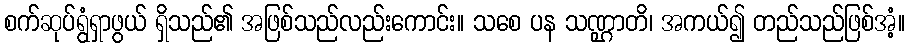
စက်ဆုပ်ရွံရှာဖွယ် ရှိသည်၏ အဖြစ်သည်လည်းကောင်း။ သစေ ပန သဏ္ဌာတိ၊ အကယ်၍ တည်သည်ဖြစ်အံ့။